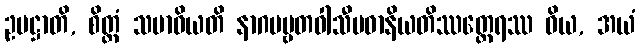
ဥပဋ္ဌာတိ, စိတ္တံ သမာဓိယတိ နာဂပဗ္ဗတဝါသီပဓာနိယတိဿတ္ထေရဿ ဝိယ, အယံ